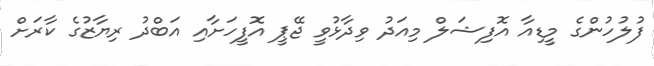
ފުލުހުންގެ މީޑިއާ އޮފިޝަލް މިއަދު ވިދާޅުވީ ޖޭޕީ އޮފީހަށާއި އަބްދު ރިޔާޒުގެ ކާރަށް